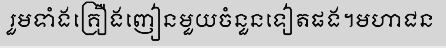
រួមទាំងគ្រឿងញៀនមួយចំនួនទៀតផង។មហាជន